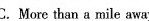
C. More than a mile away.